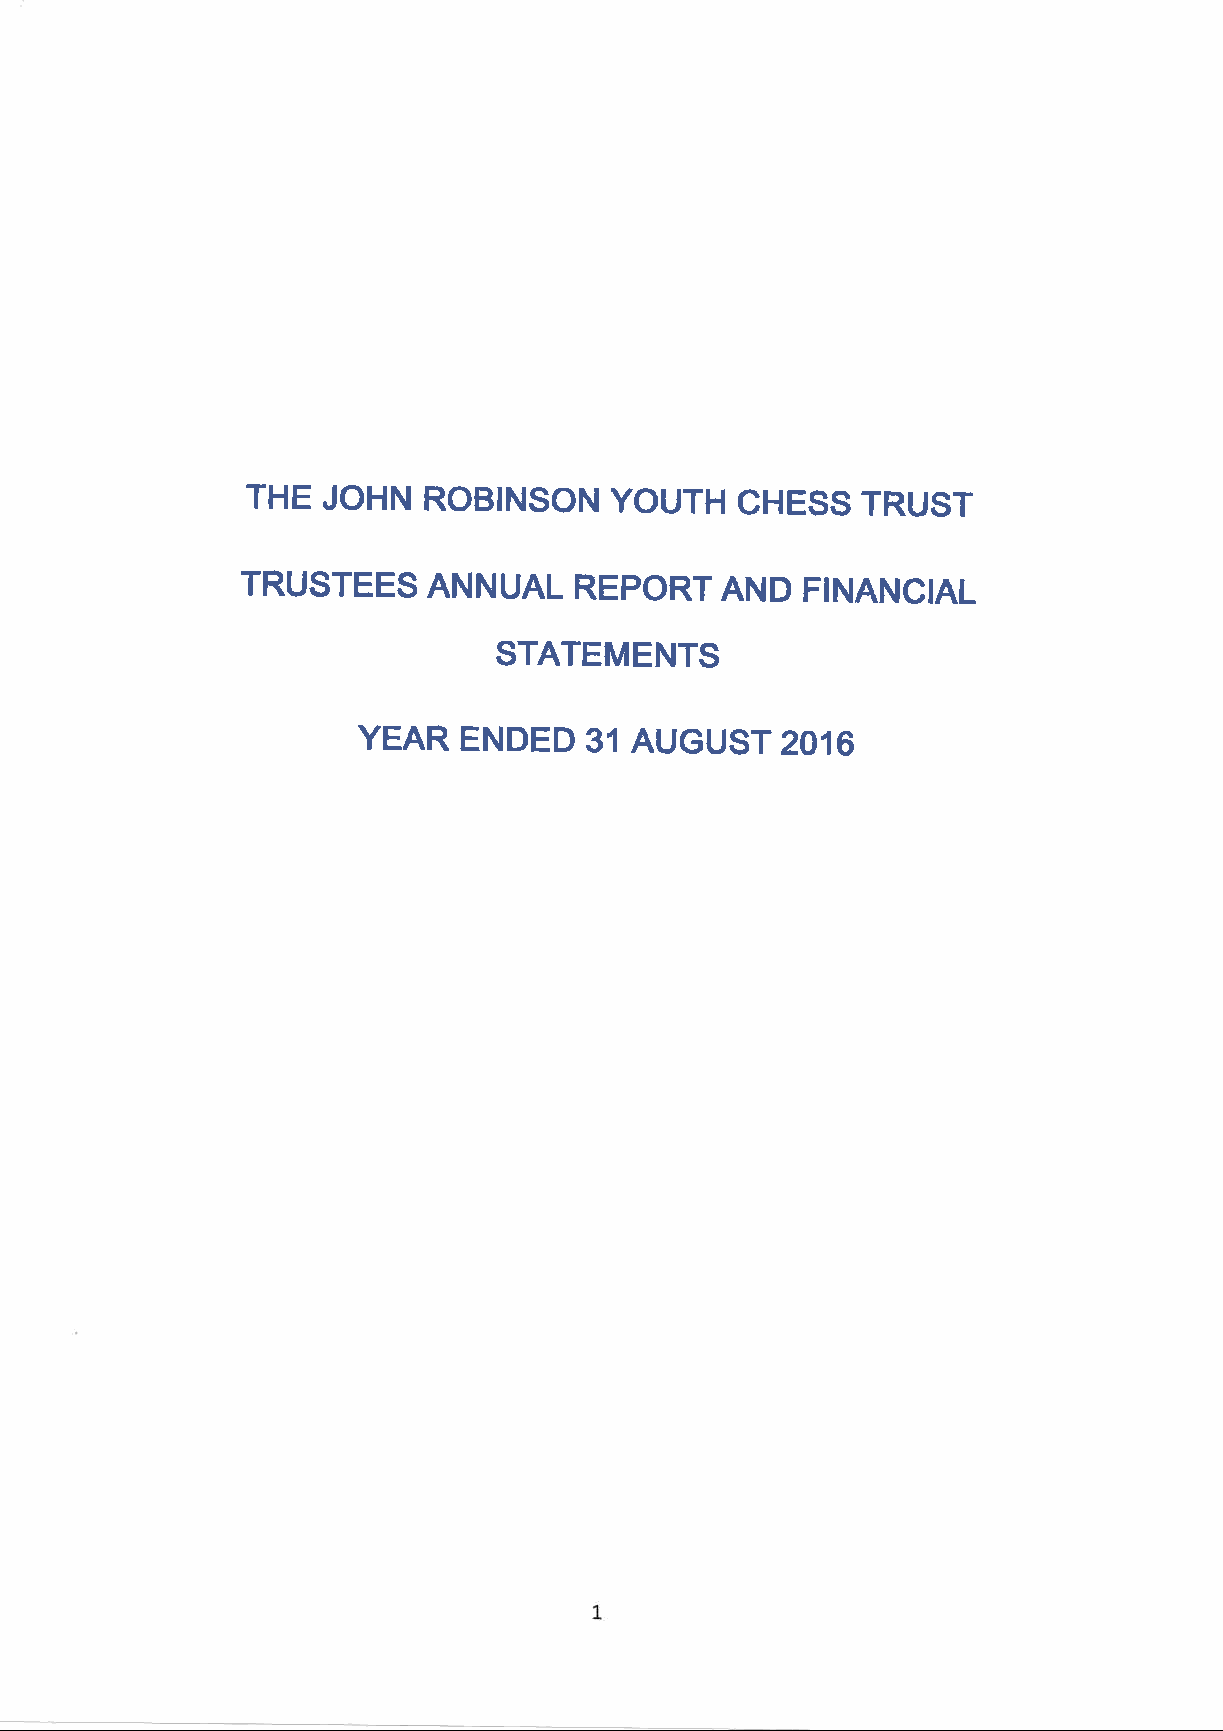
THE  JOHN   ROBINSON    YOUTH    CHESS   TRUST
 TRUSTEES    ANNUAL    REPORT    AND  FINANCIAL
 STATEMENTS
 YEAR  ENDED    31 AUGUST    2016